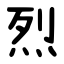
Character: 烈